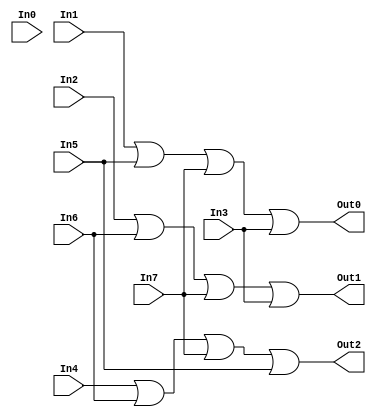
// Copyright (C) 2020  Intel Corporation. All rights reserved.
// Your use of Intel Corporation's design tools, logic functions 
// and other software and tools, and any partner logic 
// functions, and any output files from any of the foregoing 
// (including device programming or simulation files), and any 
// associated documentation or information are expressly subject 
// to the terms and conditions of the Intel Program License 
// Subscription Agreement, the Intel Quartus Prime License Agreement,
// the Intel FPGA IP License Agreement, or other applicable license
// agreement, including, without limitation, that your use is for
// the sole purpose of programming logic devices manufactured by
// Intel and sold by Intel or its authorized distributors.  Please
// refer to the applicable agreement for further details, at
// https://fpgasoftware.intel.com/eula.

// PROGRAM		"Quartus Prime"
// VERSION		"Version 20.1.1 Build 720 11/11/2020 SJ Lite Edition"
// CREATED		"Sat Oct 02 17:05:39 2021"

module encoder8to3(
	In0,
	In1,
	In2,
	In3,
	In4,
	In5,
	In6,
	In7,
	Out0,
	Out1,
	Out2
);


input wire	In0;
input wire	In1;
input wire	In2;
input wire	In3;
input wire	In4;
input wire	In5;
input wire	In6;
input wire	In7;
output wire	Out0;
output wire	Out1;
output wire	Out2;





assign	Out0 = In1 | In5 | In7 | In3;

assign	Out1 = In2 | In6 | In7 | In3;

assign	Out2 = In4 | In6 | In7 | In5;


endmodule